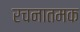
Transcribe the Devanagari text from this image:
रचनातमक